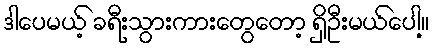
ဒါပေမယ့် ခရီးသွားကားတွေတော့ ရှိဦးမယ်ပေါ့။